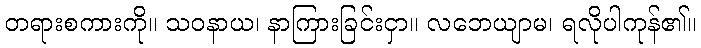
တရားစကားကို။ သဝနာယ၊ နာကြားခြင်းငှာ။ လဘေယျာမ၊ ရလိုပါကုန်၏။